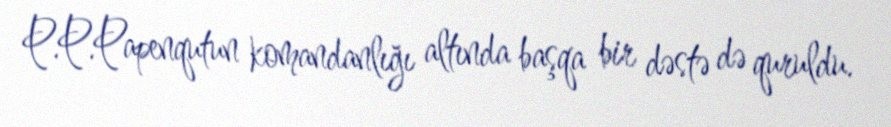
P.P.Papenqutun komandanlığı altında başqa bir dəstə də quruldu.